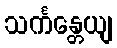
သင်္ကန္တေယျ